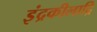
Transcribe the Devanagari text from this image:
इंद्रकीलाद्रि